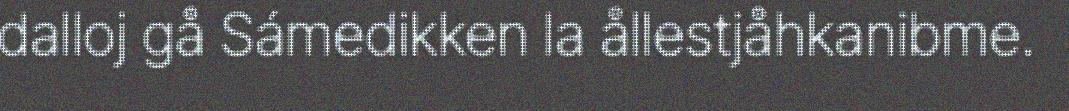
dalloj gå Sámedikken la ållestjåhkanibme.